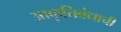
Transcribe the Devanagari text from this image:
आकृतिबंधाची